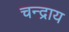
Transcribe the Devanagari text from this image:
चन्द्राय